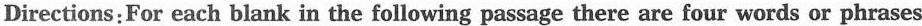
Directions: For each blank in the following passage there are four words or phrases